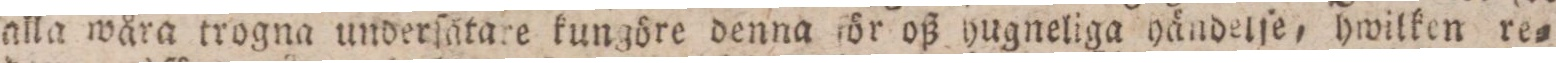
alla wåra trogna underſatare kungöre denna för oß hugneliga händelſe, hwilken re=